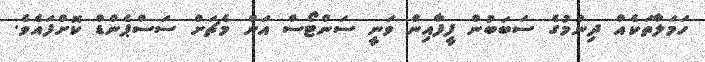
ހަމަލާތަކެއް ދިނުމުގެ ސަބަބުން ފީފާއިން ވަނީ ސަންޓޯސް އަށް މެޗަށް ސަސްޕެންޑް ކޮށްފައެވެ.